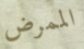
الممرض